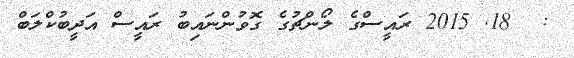
:  18